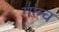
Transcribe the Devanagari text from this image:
गल्च